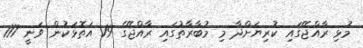
މުޅި ރާއްޖޭގައި ކުރިޔަށްދާ މި މުބާރާތުގައި ރާއްޖޭގެ 19 އަތޮޅަކުން ވަނީ 117